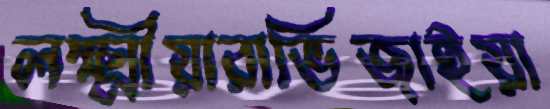
লক্ষ্মীয়ারাভিজাইয়া